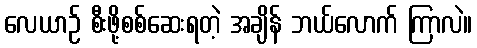
လေယာဉ် စီးဖို့စစ်ဆေးရတဲ့ အချိန် ဘယ်လောက် ကြာလဲ။